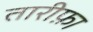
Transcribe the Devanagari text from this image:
तारीफ़ा